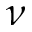
\nu